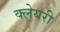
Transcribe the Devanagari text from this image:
क्लेयरी